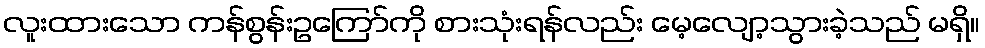
လူးထားသော ကန်စွန်းဥကြော်ကို စားသုံးရန်လည်း မေ့လျော့သွားခဲ့သည် မရှိ။